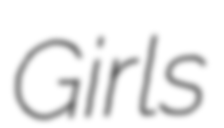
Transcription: Girls